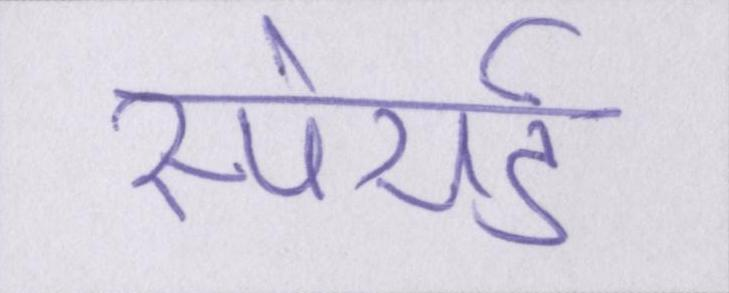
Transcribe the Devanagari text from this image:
स्पेयर्ड